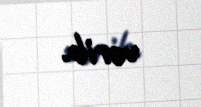
verib.